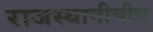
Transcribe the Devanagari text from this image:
राजस्थानीचीच